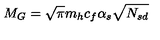
M _ { G } = \sqrt { \pi } m _ { h } c _ { f } \alpha _ { s } \sqrt { N _ { s d } }